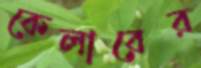
কেলারের